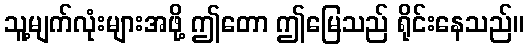
သူ့မျက်လုံးများအဖို့ ဤတော ဤမြေသည် ရိုင်းနေသည်။